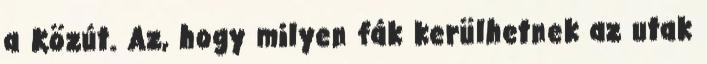
a Közút. Az, hogy milyen fák kerülhetnek az utak